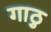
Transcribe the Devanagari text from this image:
गाठु